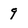
Character: 9